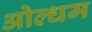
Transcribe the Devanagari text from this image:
ओल्धम